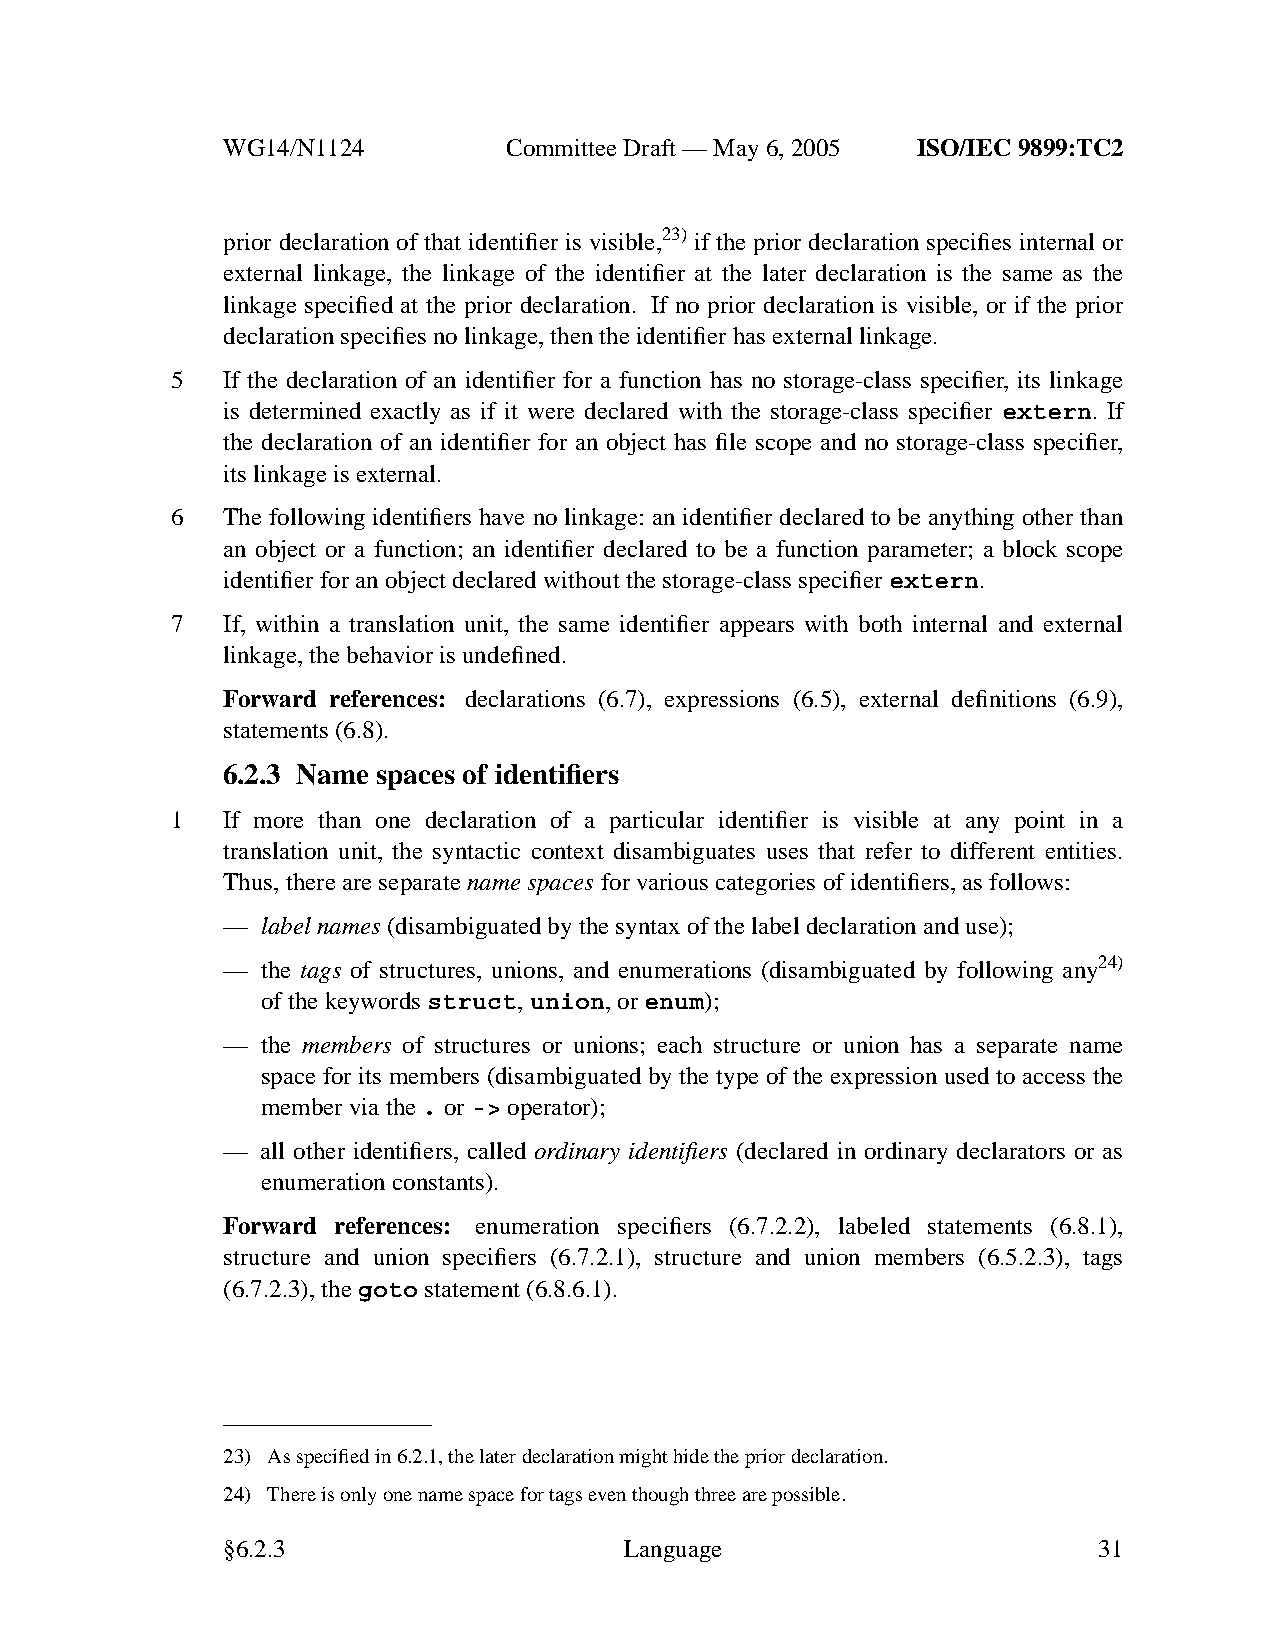
WG14/N1124        CommitteeDraft — May 6, 2005 ISO/IEC 9899:TC2
 prior declaration of that identifier is visible,23) if the prior declaration specifies internal or
 external linkage, the linkage of the identifier at the later declaration is the same as the
 linkage specified at the prior declaration. If no prior declaration is visible, or if the prior
 declaration specifies no linkage, then the identifier has external linkage.
 5   If the declaration of an identifier for a function has no storage-class specifier, its linkage
 is determined exactly as if it were declared with the storage-class specifier extern. If
 the declaration of an identifier for an object has file scope and no storage-class specifier,
 its linkage is external.
 6   The following identifiers have no linkage: an identifier declared to be anything other than
 an object or a function; an identifier declared to be a function parameter; a block scope
 identifier for an object declared without the storage-class specifier extern.
 7   If, within a translation unit, the same identifier appears with both internal and external
 linkage, the behavior is undefined.
 Forward references: declarations (6.7), expressions (6.5), external definitions (6.9),
 statements (6.8).
 6.2.3 Name spaces of identifiers
 1   If more than one declaration of a particular identifier is visible at any point in a
 translation unit, the syntactic context disambiguates uses that refer to different entities.
 Thus, there are separatename spaces for various categories of identifiers, as follows:
 — label names (disambiguated by the syntax of the label declaration and use);
 — the tags of structures, unions, and enumerations (disambiguated by following any24)
 of the keywordsstruct,union,orenum);
 — the members of structures or unions; each structure or union has a separate name
 space for its members (disambiguated by the type of the expression used to access the
 member via the. or-> operator);
 — all other identifiers, called ordinary identifiers (declared in ordinary declarators or as
 enumeration constants).
 Forward references: enumeration specifiers (6.7.2.2), labeled statements (6.8.1),
 structure and union specifiers (6.7.2.1), structure and union members (6.5.2.3), tags
 (6.7.2.3), thegoto statement (6.8.6.1).
 23) As specified in 6.2.1, the later declaration might hide the prior declaration.
 24) There is only one name space for tags eventhough three are possible.
 §6.2.3                    Language                        31